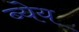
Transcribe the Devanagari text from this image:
ब्येय